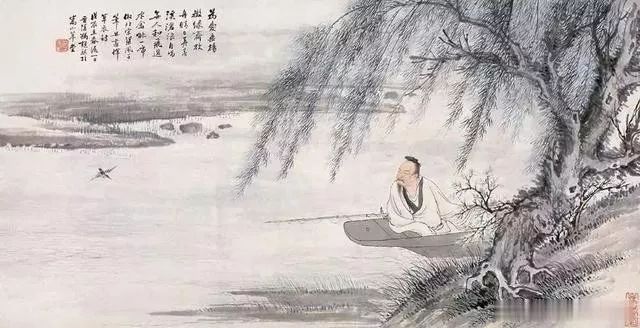
穷则变，变则通，通则久。